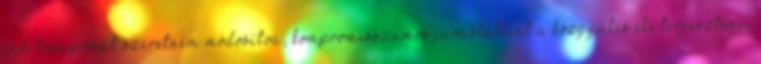
indítványomat szeretném módosítva, kompromisszumos javaslatként a közgyűlés elé terjeszteni,